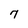
Character: 7